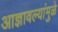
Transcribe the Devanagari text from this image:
आज्ञावल्यांमुळे